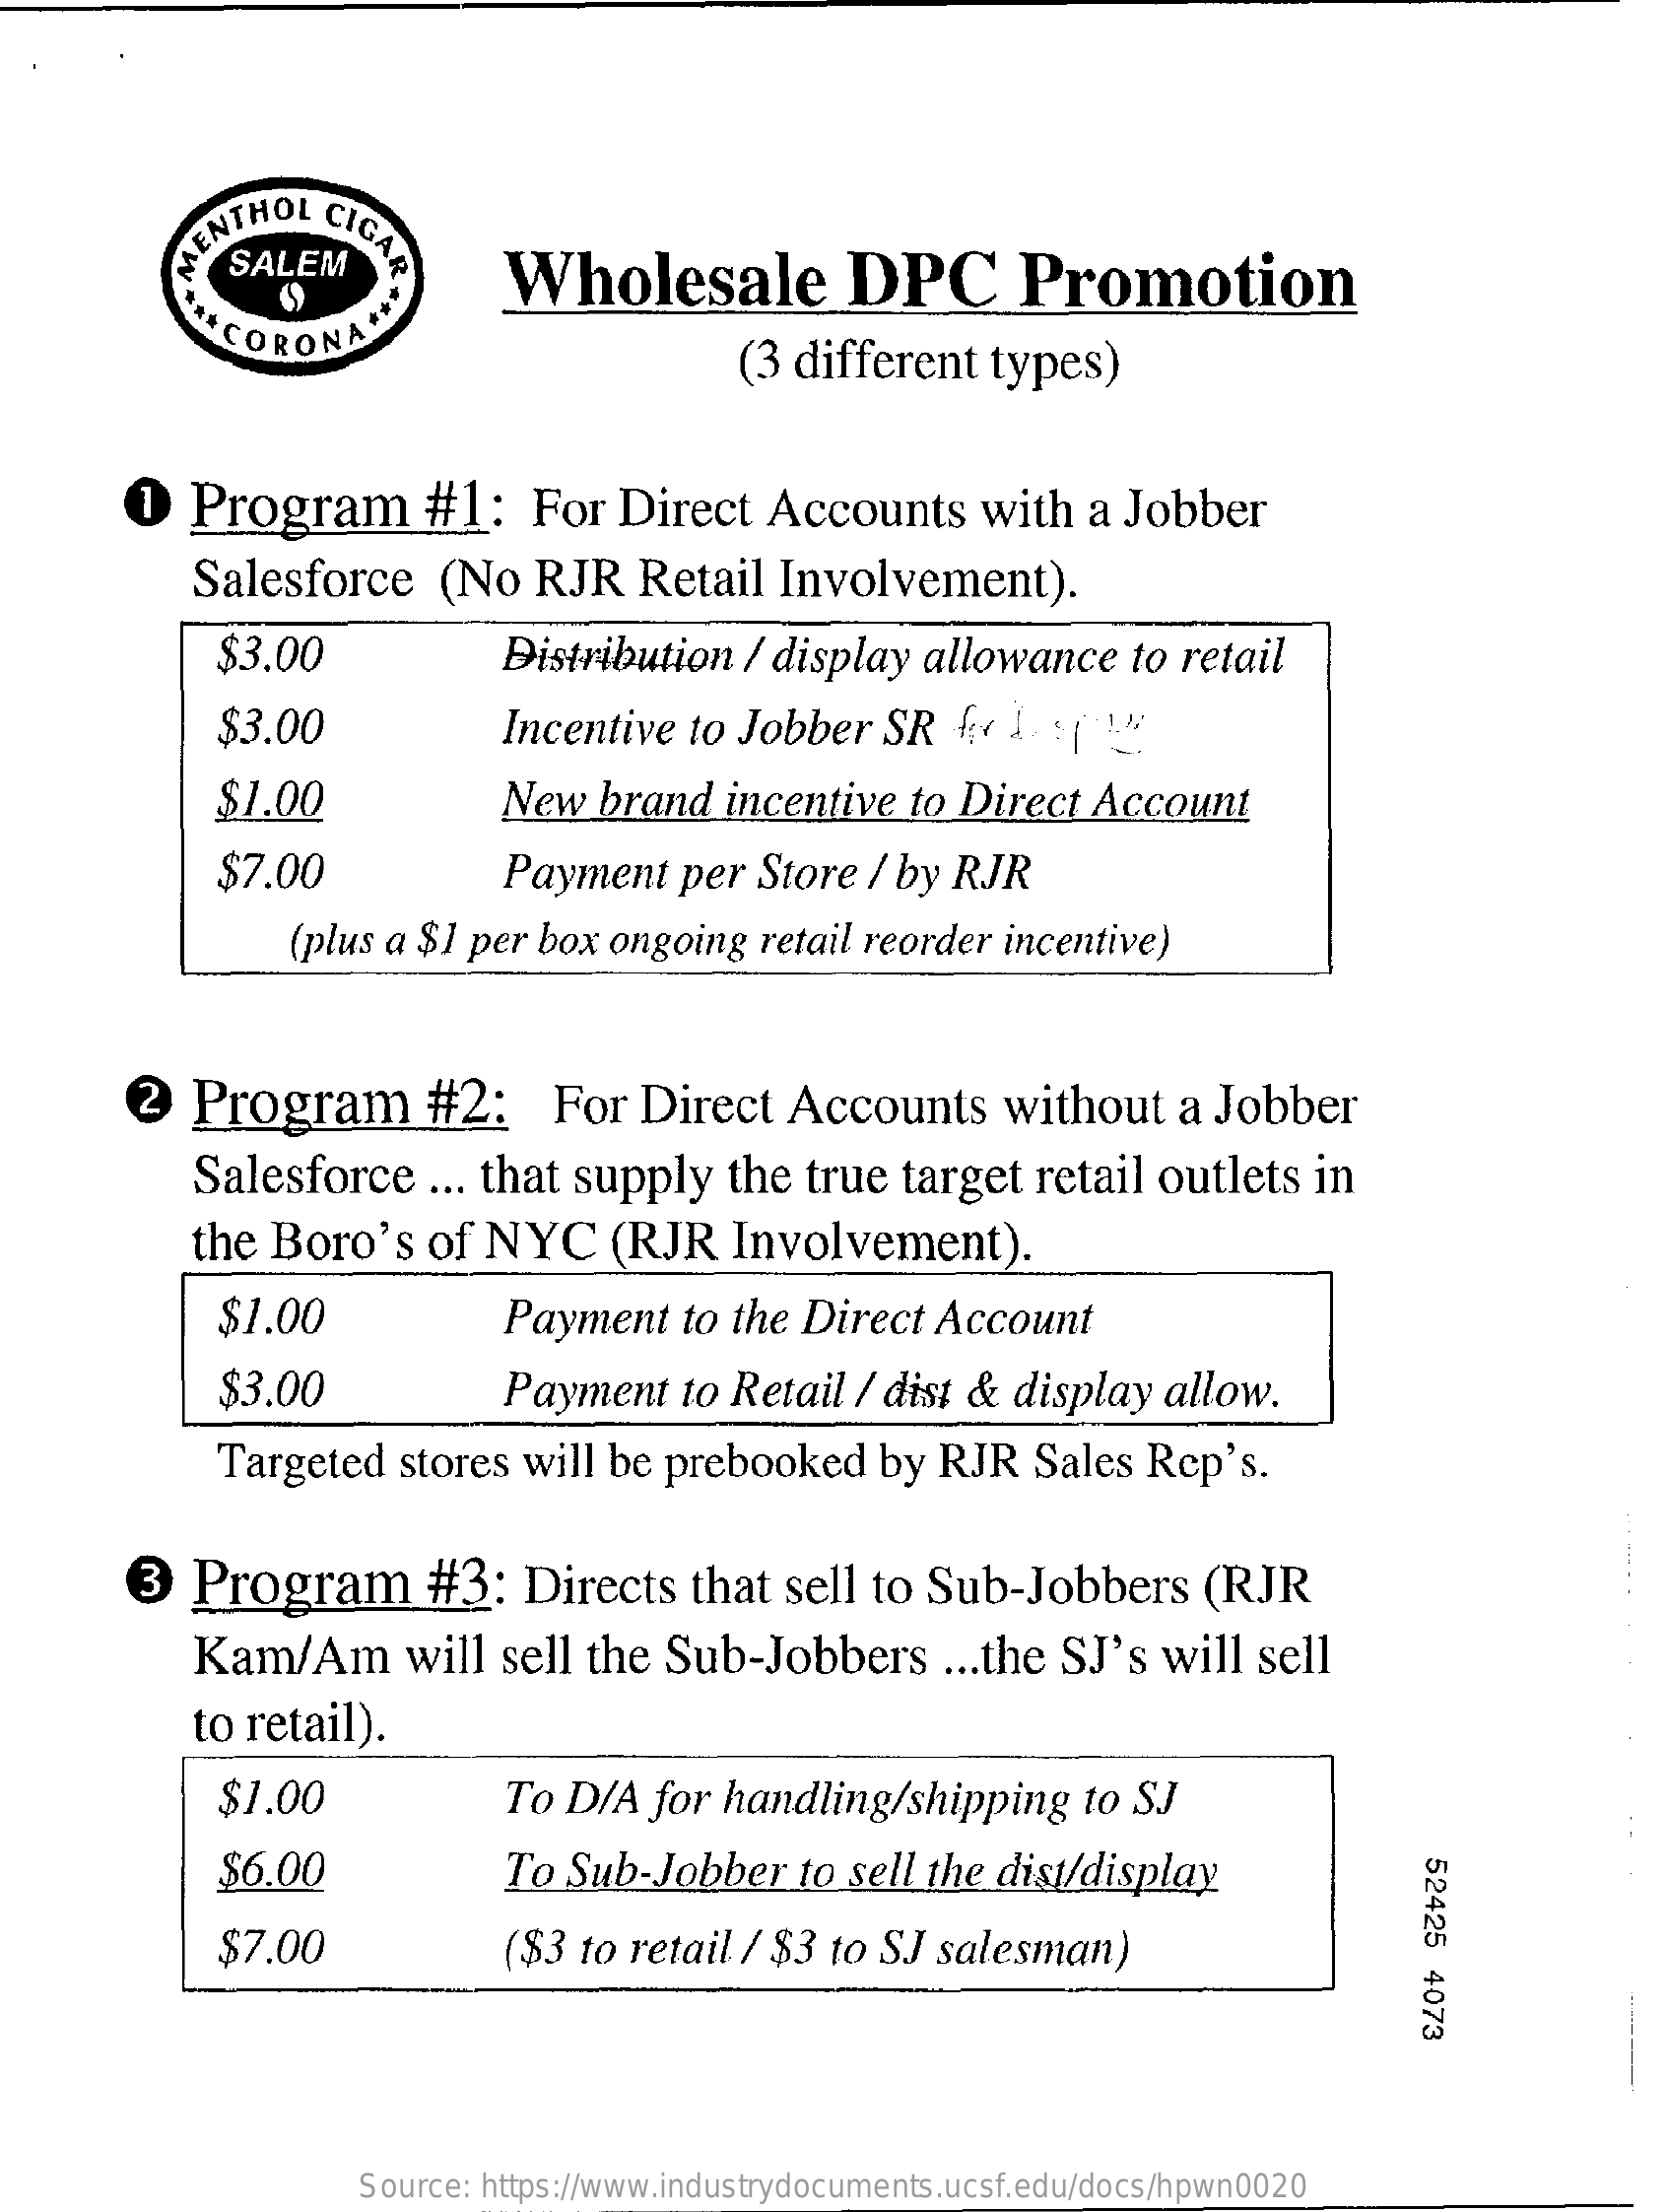
ENTHOL  CIGA
     SALEM    Wholesale    DPC    Promotion
     CORONA
     (3 different   types)
     O  Program    #1:    For  Direct    Accounts    with   a Jobber
     Salesforce    (No   RJR    Retail   Involvement).
     $3.00    Distribution  / display  allowance    to retail
     $3.00    Incentive  to Jobber   SR   {  1-5(  24;
     $1.00    New  brand   incentive   to Direct  Account
     $7.00    Payment   per  Store  / by RJR
     (plus a $1 per box  ongoing  retail reorder  incentive)
     2   Program    #2:    For   Direct   Accounts    without    a  Jobber
     Salesforce    ... that supply   the  true  target   retail outlets   in
     the Boro's   of  NYC    (RJR   Involvement).
     $1.00    Payment   to  the Direct  Account
     $3.00    Payment    to Retail  / dist & display   allow.
     Targeted   stores  will be prebooked    by RJR    Sales Rep's.
     3  Program    #3:   Directs    that  sell to  Sub-Jobbers    (RJR
     Kam/Am    will  sell  the Sub-Jobbers    ... the SJ's will  sell
     to retail).
     $1.00    To D/A  for  handling/shipping    to SJ
     $6.00    To Sub-Jobber    to sell the dist/display    52425
     4073
     $7.00    ($3 to retail / $3  to SJ salesman)
     Source: https://www.industrydocuments.ucsf.edu/docs/hpwn0020